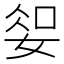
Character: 𫰱